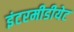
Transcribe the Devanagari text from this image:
इंटरमीडीयेट